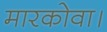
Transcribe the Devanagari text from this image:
मारकोवा।